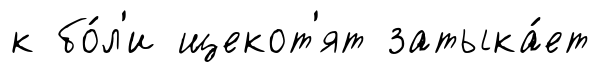
к бо́л'и щекот'ят затыка́ет